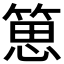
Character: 𥯨